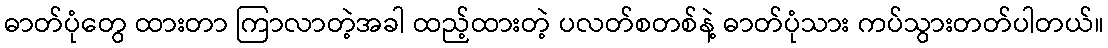
ဓာတ်ပုံတွေ ထားတာ ကြာလာတဲ့အခါ ထည့်ထားတဲ့ ပလတ်စတစ်နဲ့ ဓာတ်ပုံသား ကပ်သွားတတ်ပါတယ်။